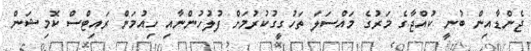
ޖެންޑާއިން ބުނީ ކުއްޖާގެ މަރުގެ މައްސަލަ ތަހުގީގުކުރުމަށް ފުލުހުންނާއި ހިއުމަން ރައިޓްސް ކޮމިޝަން